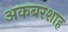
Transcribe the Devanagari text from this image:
अकबरशाह